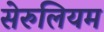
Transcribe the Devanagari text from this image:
सेरुलियम